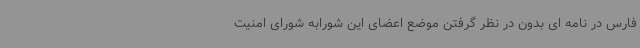
فارس در نامه ای بدون در نظر گرفتن موضع اعضای این شورابه شورای امنیت